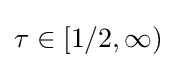
\tau \in [1/2,\infty )